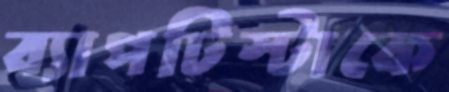
ব্যাপটিস্টাকে